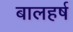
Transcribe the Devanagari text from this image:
बालहर्ष